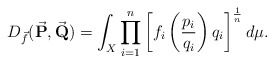
\begin{align*}D_{\vec f}(\vec{\textbf{P}}, \vec{\textbf{Q}} )= \int_{X} \prod_{i=1}^{n} \left[f_i \left(\frac{p_i}{q_i} \right) q_i\right]^{\frac{1}{n}} d\mu.\end{align*}